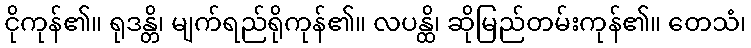
ငိုကုန်၏။ ရုဒန္တိ၊ မျက်ရည်ရိုကုန်၏။ လပန္ထိ၊ ဆိုမြည်တမ်းကုန်၏။ တေသံ၊